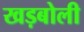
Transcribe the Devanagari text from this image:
खड़बोली